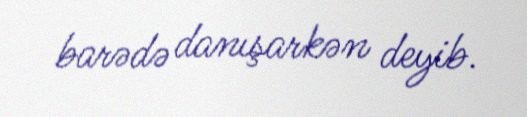
barədə danışarkən deyib.